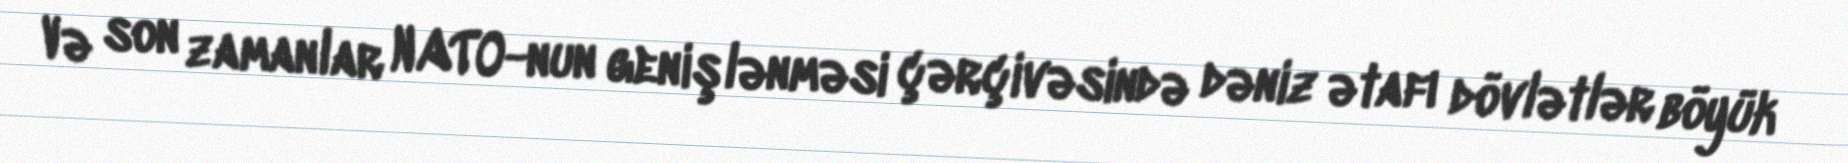
Və son zamanlar NATO-nun genişlənməsi çərçivəsində dəniz ətafı dövlətlər böyük